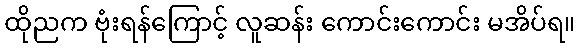
ထိုညက ဗုံးရန်ကြောင့် လူဆန်း ကောင်းကောင်း မအိပ်ရ။